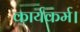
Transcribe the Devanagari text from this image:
कार्यकर्म।